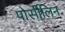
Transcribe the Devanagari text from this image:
पोर्सीलिन